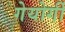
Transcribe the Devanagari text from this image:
गेयोर्गी